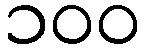
၁၀၀